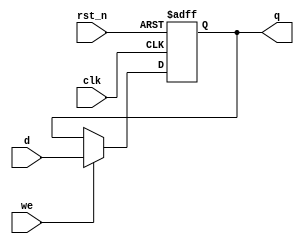
module ParameterizedRegister #(
    parameter WIDTH = 8,       // Parameterized width of the register
    parameter RESET_VALUE = 0  // Parameter for reset value
) (
    input wire clk,            // Clock input
    input wire rst_n,          // Asynchronous active-low reset
    input wire we,             // Write enable
    input wire [WIDTH-1:0] d,  // Data input
    output reg [WIDTH-1:0] q   // Data output
);

// Synchronous operation with asynchronous reset
always @(posedge clk or negedge rst_n) begin
    if (!rst_n) begin
        q <= RESET_VALUE;      // Reset register to RESET_VALUE
    end else if (we) begin
        q <= d;                // Capture input data on clock edge if write enabled
    end
    // If we is not asserted, hold the previous value of q
end

endmodule